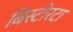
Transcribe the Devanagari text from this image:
बिस्टोरटा